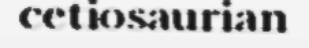
cetiosaurian